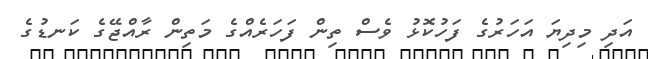
އަދި މިދިޔަ އަހަރުގެ ފަހުކޮޅު ވެސް ތިން ފަހަރެއްގެ މަތިން ރާއްޖޭގެ ކަނޑުގެ